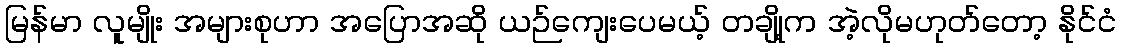
မြန်မာ လူမျိုး အများစုဟာ အပြောအဆို ယဉ်ကျေးပေမယ့် တချို့က အဲ့လိုမဟုတ်တော့ နိုင်ငံ